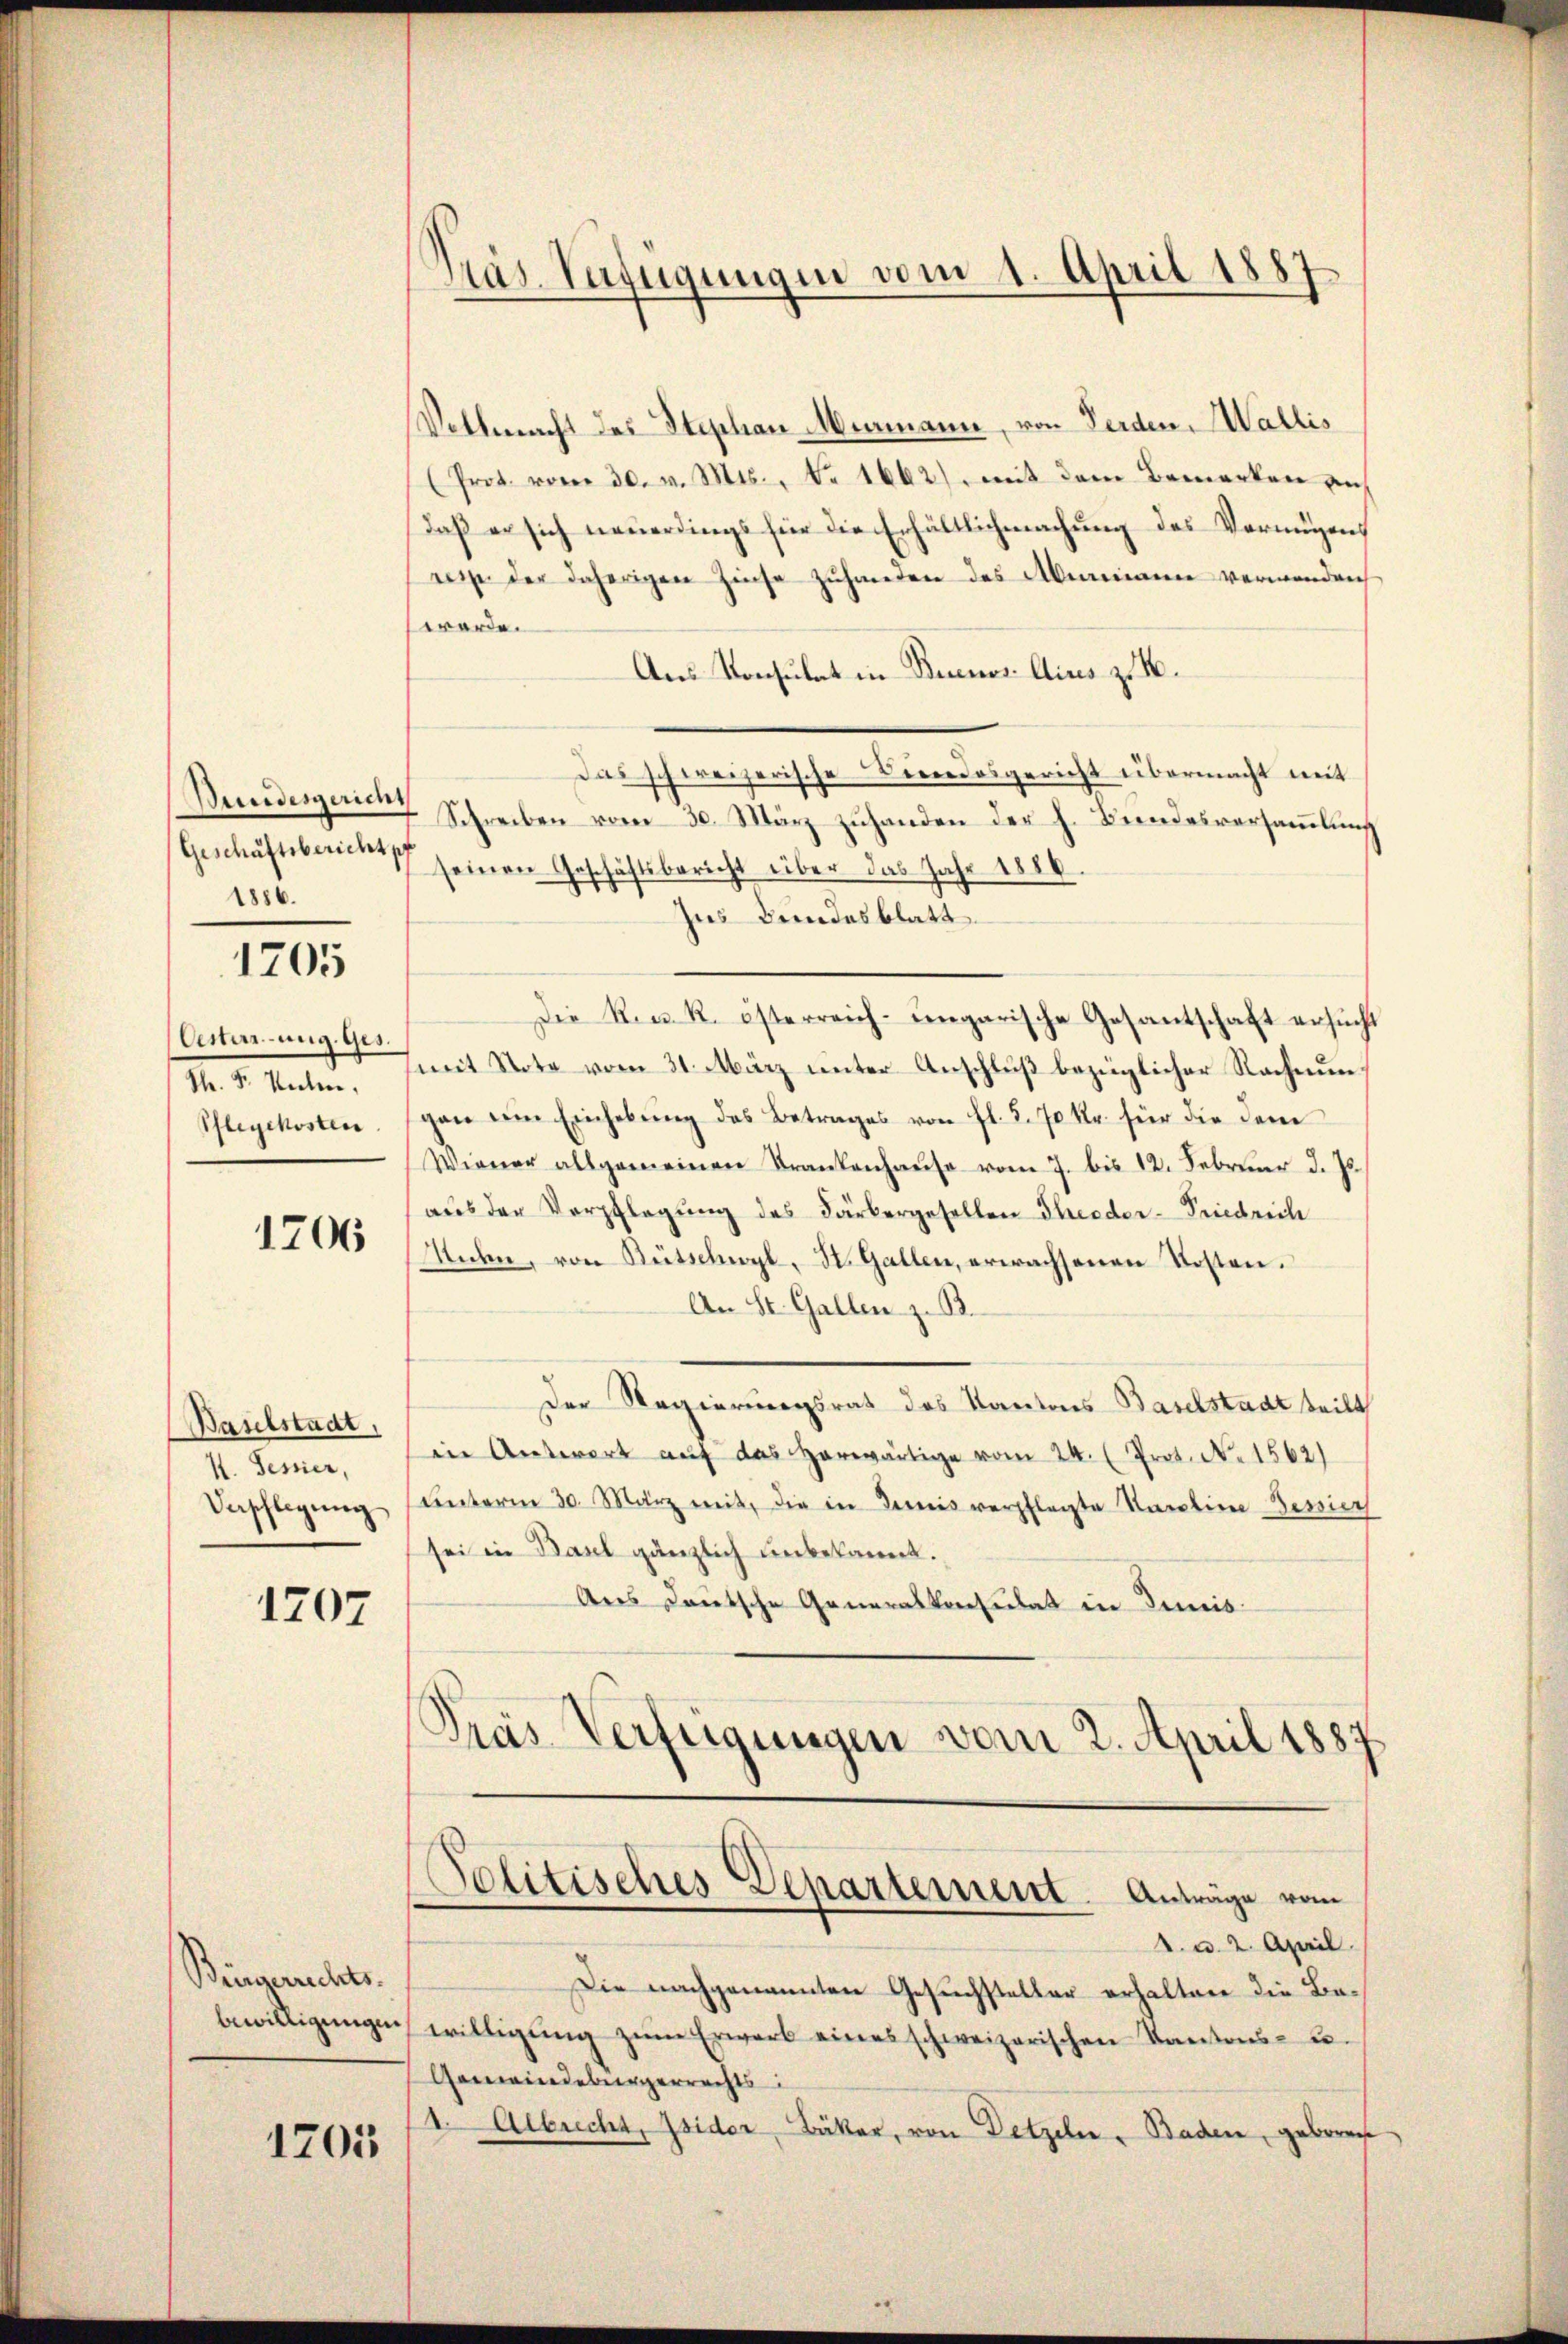
Bundesgericht
Geschäftsbericht pf
1886.

1705

Oesterung. Ges.
S. F. Seiten,
Pflegekosten.

1706

Baselstadt,
I. Sessier,

1707

Bingerrechts.
bewilligungen

1205

Vollmacht des Stephan Menmann, von Ferden, Wallis
(Prot. vom 30. v. Mts., Nr. 1662) mit dem Bemerken auf
daß er sich neuerdings für die Erhältlichmachung des Vermögens
nis der daherigen Zinse zŭhanden des Alemann verwenden
worde.
Aus Konsulat in Buenos Aius z. B.
Das schweizerische Liendosgericht übermacht mit
Schreiben vom 30. März zŭhanden der h. Bundesversaṁlŭng
seinen Geschäftsbericht über das Jahr 1886.
Ins Bundesblatt
Die Reck. österreich-ungarische Gesantschaft ersucht
mit Note vom 31. März unter Anschluß bezüglicher Rechnungan ein Einhebŭng des Betrages von fl. 5. 70 Kr. für die dem
Wiener allgemeinen Frankenhaŭse vom 7. bis 12. Febrŭar d. Js.
aus der Verpflegŭng des Färbergesellen Thieder-Friedrich
Sichen, von Bütschwyl, St. Gallen, erwachsenen Kosten.
An St. Gallen z. B.
Der Regierungsrath des Kantons Baselstadt teilt
in Antwort auf das herwärtige vom 24. (Prot. N. 1562)
Vepflegŭng ŭnterm 30. März mit, die in demnis verpflegte Karolina Sessier
sei in Basel gänzlich unbekannt.
Aus deutsche Generalkonsulat in Demis
Pras Verfügungen vom 2. April 1887.

Präs. Verfügungen vom 1. April 1887

Politisches Departement. Anträge vom
. u. 2. April.

Die nachgenannten Gesuchsteller erhalten die Bewilligung zŭm Erwarb eines schweizerischen Kantons- u.
Gemeindebürgerrechts
1. Albrecht, Isider, Bäker, von Detzeln. Baden, geboren,